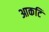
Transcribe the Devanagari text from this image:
आकटि